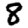
Digit: 8